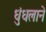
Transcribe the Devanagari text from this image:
धुंधलाने